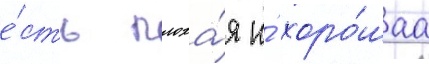
е́сть плоха́я и́ хоро́шаа